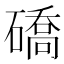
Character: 礄